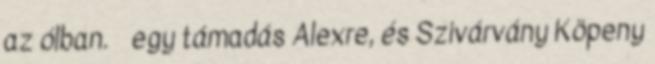
az ólban. egy támadás Alexre, és Szivárvány Köpeny